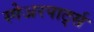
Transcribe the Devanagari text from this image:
स्पेअरपार्ट्स